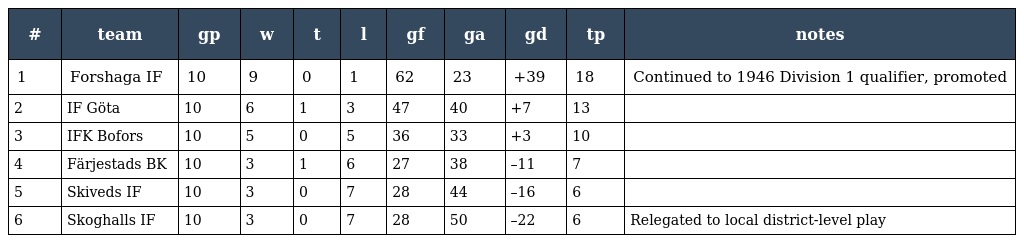
| # | team | gp | w | t | l | gf | ga | gd | tp | notes |
 | --- | --- | --- | --- | --- | --- | --- | --- | --- | --- | --- |
 | 1 | Forshaga IF | 10 | 9 | 0 | 1 | 62 | 23 | +39 | 18 | Continued to 1946 Division 1 qualifier, promoted |
 | 2 | IF Göta | 10 | 6 | 1 | 3 | 47 | 40 | +7 | 13 |  |
 | 3 | IFK Bofors | 10 | 5 | 0 | 5 | 36 | 33 | +3 | 10 |  |
 | 4 | Färjestads BK | 10 | 3 | 1 | 6 | 27 | 38 | –11 | 7 |  |
 | 5 | Skiveds IF | 10 | 3 | 0 | 7 | 28 | 44 | –16 | 6 |  |
 | 6 | Skoghalls IF | 10 | 3 | 0 | 7 | 28 | 50 | –22 | 6 | Relegated to local district-level play |